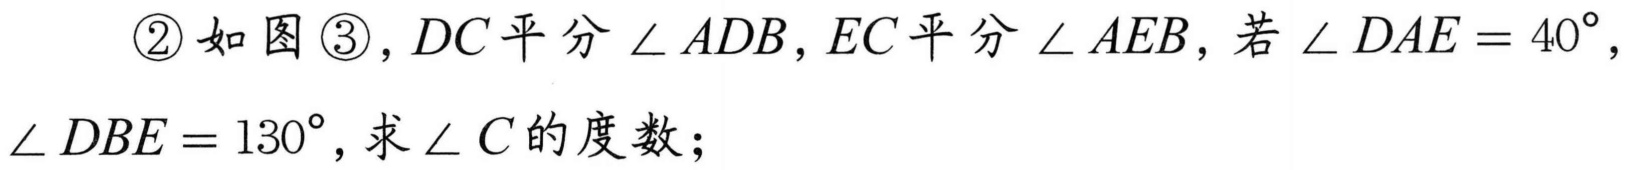
\textcircled{2}如图\textcircled{3}，\(DC\)平分\(\angle ADB\)，\(EC\)平分\(\angle AEB\)，若\(\angle DAE = 40^{\circ}\)，
\(\angle DBE = 130^{\circ}\)，求\(\angle C\)的度数；